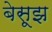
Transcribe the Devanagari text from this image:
बेसूझ